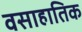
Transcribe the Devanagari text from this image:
वसाहातिक